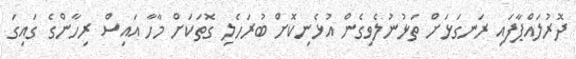
ދޮރުލައްޕާފައި ރަނގަޅަށް ތަޅުނުލެވިގެން އުޅެނިކޮށް ބުރަހެލި ގޮތަކަށް މާހާ އައިސް ރިހާންގެ ގައިގަ